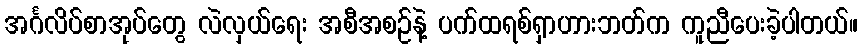
အင်္ဂလိပ်စာအုပ်တွေ လဲလှယ်ရေး အစီအစဉ်နဲ့ ပက်ထရစ်ရှာဟားဘတ်က ကူညီပေးခဲ့ပါတယ်။